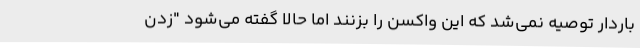
باردار توصیه نمی‌شد که این واکسن را بزنند اما حالا گفته می‌شود "زدن